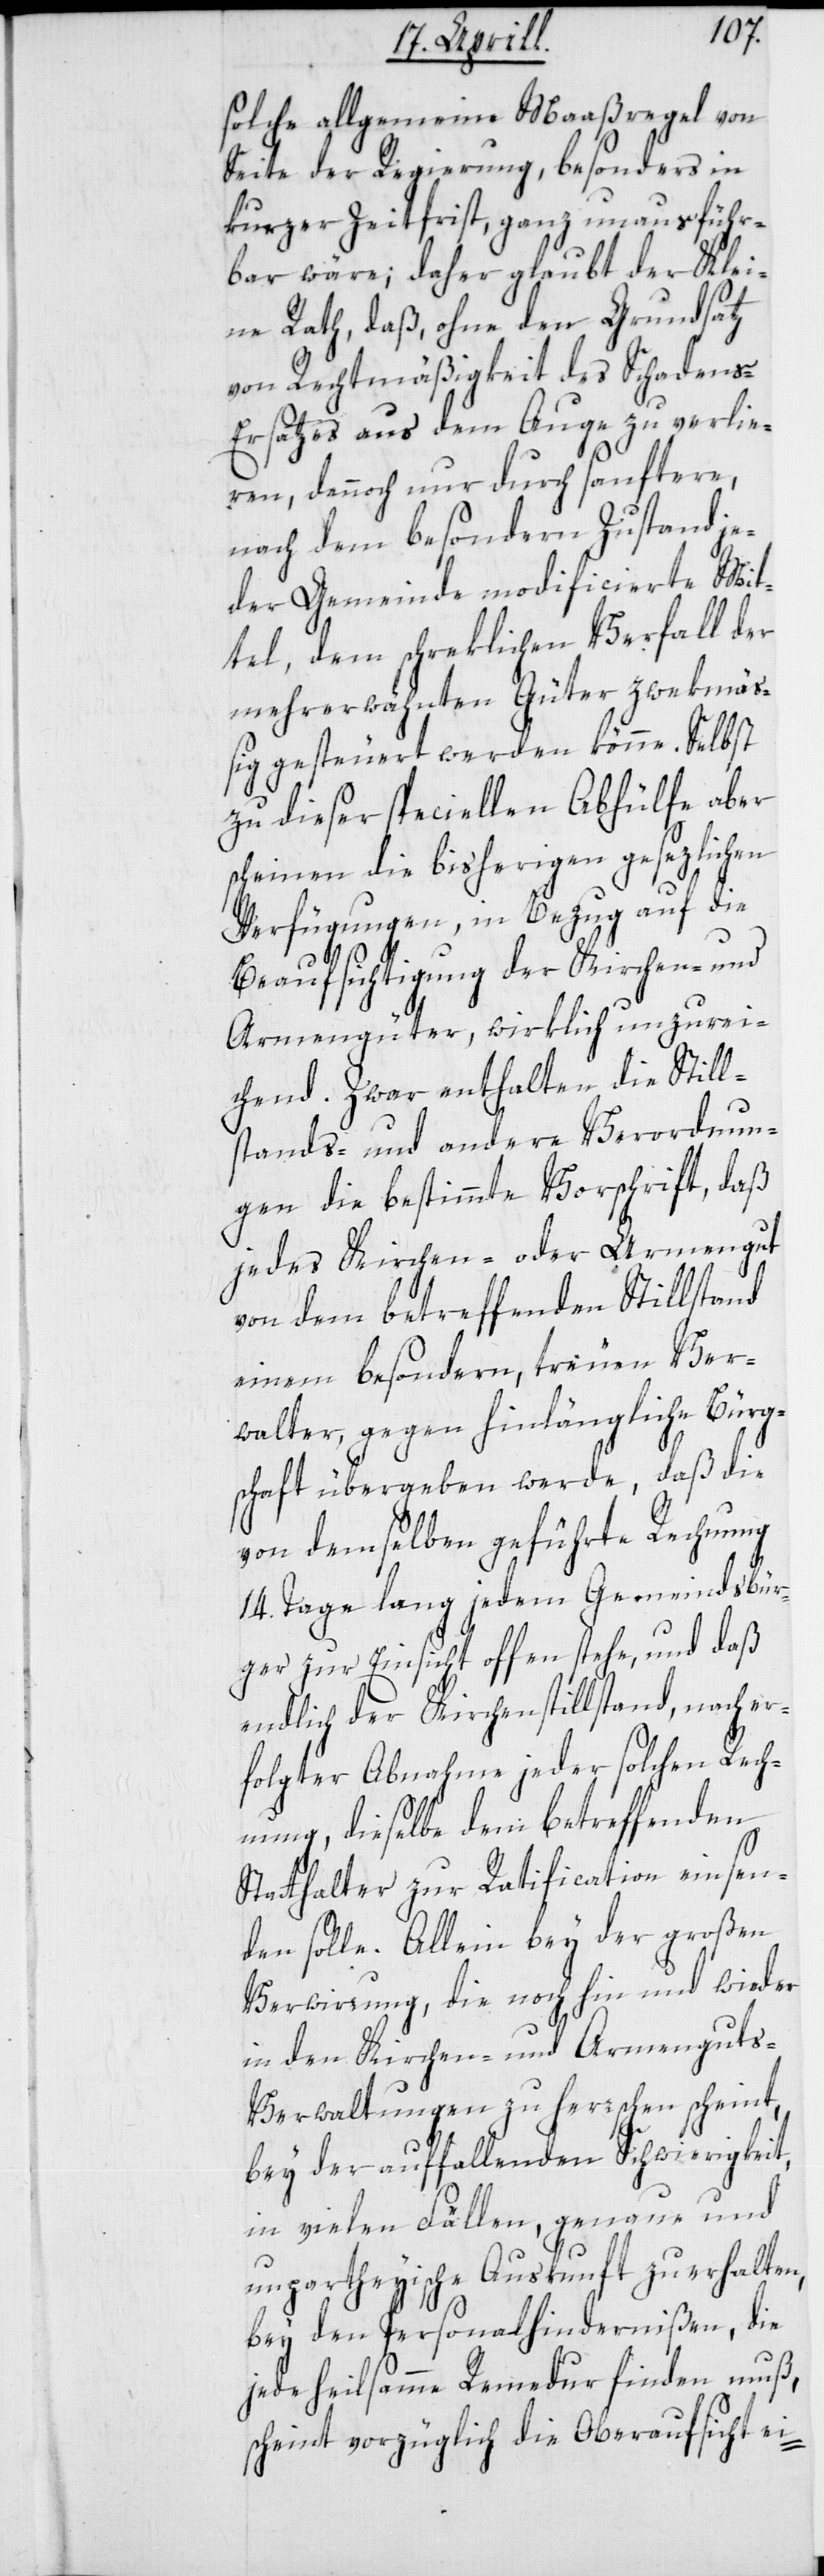
solche allgemeine Maaßregel von
Seite der Regierung, besonders in
kurzer Zeitfrist, ganz unausführ¬
bar wäre; daher glaubt der Klei¬
ne Rath, daß, ohne den Grundsatz
von Rechtmäßigkeit des Schaden¬
s-Ersatzes aus dem Auge zu verlie¬
ren, dennoch nur durch sanftere,
nach dem besondern Zustand je¬
der Gemeinde modificierte Mit¬
tel, dem schreklichen Verfall der
mehrerwähnten Güter zwekmä¬
ßig gesteuert werden könne. Selbst
zu dieser speciellen Abhülfe aber
scheinen die bisherigen gesezlichen
Verfügungen, in Bezug auf die
Beaufsichtigung der Kirchen- und
Armengüter, wirklich unzureic¬
hend. Zwar enthalten die Still¬
stands- und andere Verordnun¬
gen die bestimmte Vorschrift, daß
jedes Kirchen- oder Armengut
von dem betreffenden Stillstand
einem besondern treuen Ver¬
walter, gegen hinlängliche Bürg¬
schaft übergeben werde, daß die
von demselben geführte Rechnung
14. Tage lang jedem Gemeindsbür¬
ger zur Einsicht offen stehe, und daß
endlich der Kirchenstillstand, nach er¬
folgter Abnahme jeder solchen Rech¬
nung, dieselbe dem betreffenden
Statthalter zur Ratification einsen¬
den solle. Allein bey der großen
Verwirrung, die noch hin und wieder
in den Kirchen- und Armenguts-V¬
erwaltungen zu herrschen scheint,
bey der auffallenden Schwierigkeit,
in vielen Fällen, genaue und
unparteyische Auskunft zu erhalten,
bey den Personalhindernißen, die
jede heilsamme Remedur finden muß,
scheint vorzüglich die Oberaufsicht ei-